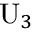
\mathrm { { U } } _ { 3 }